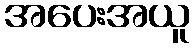
အပေးအယူ